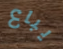
يباع